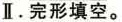
Ⅱ.完形填空。